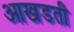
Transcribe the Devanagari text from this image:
आखडती